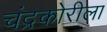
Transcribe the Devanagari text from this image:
चंद्रकोरीला